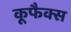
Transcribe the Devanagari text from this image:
कूफैक्स